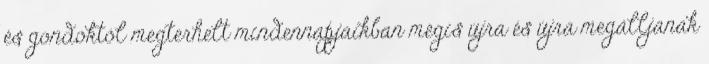
és gondoktól megterhelt mindennapjaikban mégis újra és újra megálljanak